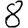
Digit: 8